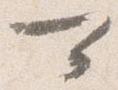
可